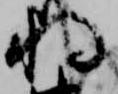
将